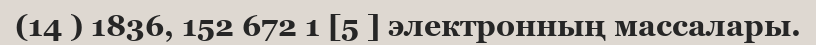
(14 ) 1836, 152 672 1 [5 ] электронның массалары.